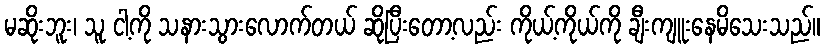
မဆိုးဘူး၊ သူ ငါ့ကို သနားသွားလောက်တယ် ဆိုပြီးတော့လည်း ကိုယ့်ကိုယ်ကို ချီးကျူးနေမိသေးသည်။